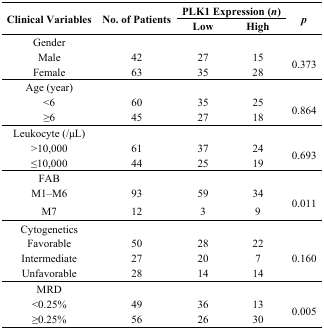
| <ROWSPAN=2> Clinical Variables | <ROWSPAN=2> No. of Patients | <COLSPAN=2> PLK1 Expression (n) | <ROWSPAN=2> p |
 | Low | High |
 | --- | --- | --- | --- | --- |
 | Gender |  |  |  |  |
 | Male | 42 | 27 | 15 | <ROWSPAN=2> 0.373 |
 | Female | 63 | 35 | 28 |
 | Age (year) |  |  |  |  |
 | <6 | 60 | 35 | 25 | <ROWSPAN=2> 0.864 |
 | ≥6 | 45 | 27 | 18 |
 | Leukocyte (/μL) |  |  |  |  |
 | >10,000 | 61 | 37 | 24 | <ROWSPAN=2> 0.693 |
 | ≤10,000 | 44 | 25 | 19 |
 | FAB |  |  |  |  |
 | M1–M6 | 93 | 59 | 34 | <ROWSPAN=2> 0.011 |
 | M7 | 12 | 3 | 9 |
 | Cytogenetics |  |  |  |  |
 | Favorable | 50 | 28 | 22 | <ROWSPAN=3> 0.160 |
 | Intermediate | 27 | 20 | 7 |
 | Unfavorable | 28 | 14 | 14 |
 | MRD |  |  |  |  |
 | <0.25% | 49 | 36 | 13 | <ROWSPAN=2> 0.005 |
 | ≥0.25% | 56 | 26 | 30 |